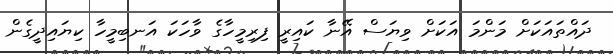
ދައްތައަކަށް މަންމަ އަކަށް ވިޔަސް އޭނާ ކައިރީ ފިރިމީހާގެ ވާހަކަ އަނބިމީހާ ކިޔައިދީގެން